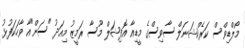
މޯލްޑިވްސް ކަރެކްޝަނަލް ސާވިސްގެ މީޑިއާ އޮފިޝަލް މޫސާ ރަމީޒު މިއަދު "ސަން"އާ ވާހަކަފުޅު